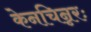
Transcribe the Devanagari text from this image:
केनचिन्नरः